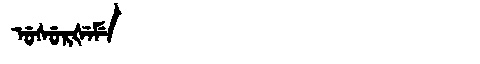
Manchu: ᡠᠰᡠᡵᡧᡝᠮᡝ
Romanization: USURŠEME